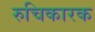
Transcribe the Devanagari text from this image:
रुचिकारक